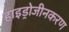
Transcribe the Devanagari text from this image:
हाइड्रोजीनकरण